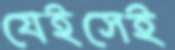
যেইসেই